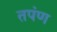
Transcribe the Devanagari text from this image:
तपंण